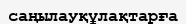
саңылауқұлақтарға